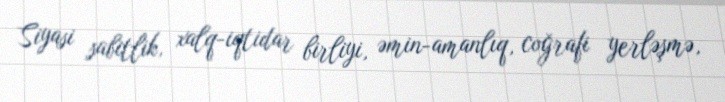
Siyasi sabitlik, xalq-iqtidar birliyi, əmin-amanlıq, coğrafi yerləşmə,